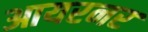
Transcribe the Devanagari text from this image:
आयरनर